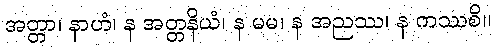
အတ္တာ၊ နာဟံ၊ န အတ္တနိယံ၊ န မမ၊ န အညဿ၊ န ကဿစိ။